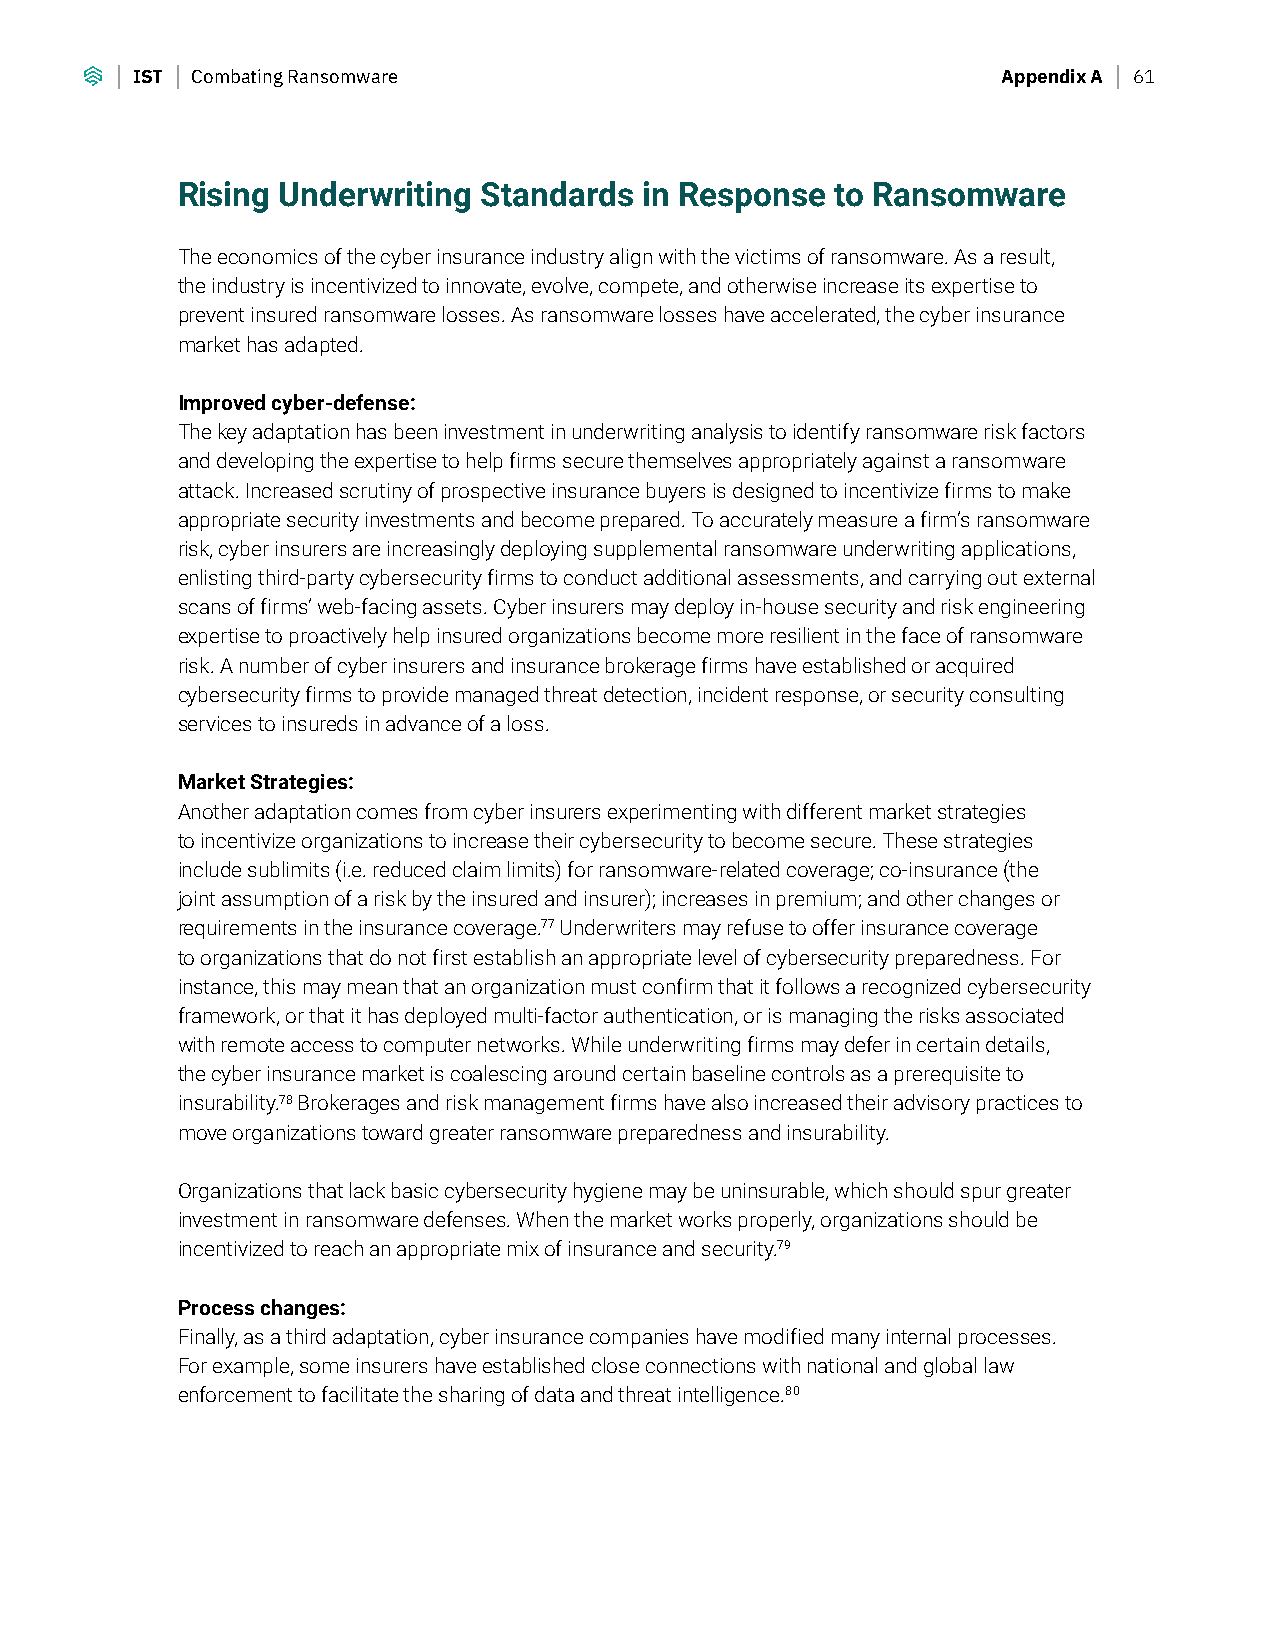
IST Combating Ransomware                                 Appendix A 61
 Rising Underwriting Standards  in Response to Ransomware
 The economics of the cyber insurance industry align with the victims of ransomware. As a result,
 the industry is incentivized to innovate, evolve, compete, and otherwise increase its expertise to
 prevent insured ransomware losses. As ransomware losses have accelerated, the cyber insurance
 market has adapted.
 Improved cyber-defense:
 The key adaptation has been investment in underwriting analysis to identify ransomware risk factors
 and developing the expertise to help firms secure themselves appropriately against a ransomware
 attack. Increased scrutiny of prospective insurance buyers is designed to incentivize firms to make
 appropriate security investments and become prepared. To accurately measure a firm’s ransomware
 risk, cyber insurers are increasingly deploying supplemental ransomware underwriting applications,
 enlisting third-party cybersecurity firms to conduct additional assessments, and carrying out external
 scans of firms’ web-facing assets. Cyber insurers may deploy in-house security and risk engineering
 expertise to proactively help insured organizations become more resilient in the face of ransomware
 risk. A number of cyber insurers and insurance brokerage firms have established or acquired
 cybersecurity firms to provide managed threat detection, incident response, or security consulting
 services to insureds in advance of a loss.
 Market Strategies:
 Another adaptation comes from cyber insurers experimenting with different market strategies
 to incentivize organizations to increase their cybersecurity to become secure. These strategies
 include sublimits (i.e. reduced claim limits) for ransomware-related coverage; co-insurance (the
 joint assumption of a risk by the insured and insurer); increases in premium; and other changes or
 requirements in the insurance coverage.77 Underwriters may refuse to offer insurance coverage
 to organizations that do not first establish an appropriate level of cybersecurity preparedness. For
 instance, this may mean that an organization must confirm that it follows a recognized cybersecurity
 framework, or that it has deployed multi-factor authentication, or is managing the risks associated
 with remote access to computer networks. While underwriting firms may defer in certain details,
 the cyber insurance market is coalescing around certain baseline controls as a prerequisite to
 insurability.78 Brokerages and risk management firms have also increased their advisory practices to
 move organizations toward greater ransomware preparedness and insurability.
 Organizations that lack basic cybersecurity hygiene may be uninsurable, which should spur greater
 investment in ransomware defenses. When the market works properly, organizations should be
 incentivized to reach an appropriate mix of insurance and security.79
 Process changes:
 Finally, as a third adaptation, cyber insurance companies have modified many internal processes.
 For example, some insurers have established close connections with national and global law
 enforcement to facilitate the sharing of data and threat intelligence.80